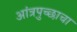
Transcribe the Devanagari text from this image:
आंत्रपुच्छाचा